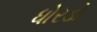
ધોરડો